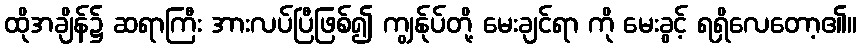
ထိုအချိန်၌ ဆရာကြီး အားလပ်ပြီဖြစ်၍ ကျွန်ုပ်တို့ မေးချင်ရာ ကို မေးခွင့် ရရှိလေတော့၏။